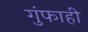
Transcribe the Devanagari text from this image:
गुंफाही